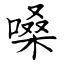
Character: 嗓